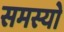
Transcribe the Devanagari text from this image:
समस्यो